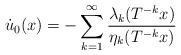
\begin{align*}\dot u_0(x)=-\sum_{k=1}\sp \infty\frac{\lambda_k(T\sp{-k}x)}{\eta_k(T\sp{-k}x)}\end{align*}